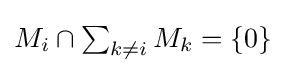
{\textstyle M_{i}\cap \sum _{k\neq i}M_{k}=\{0\}}